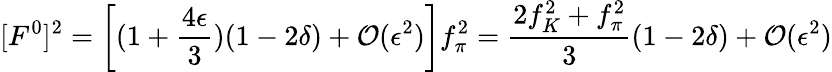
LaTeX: [F^{0}]^{2}=\left[(1+\frac{4\epsilon}{3})(1-2\delta)+{\cal O}(\epsilon^{2})\right]f_{\pi}^{2}=\frac{2f_{K}^{2}+f_{\pi}^{2}}{3}(1-2\delta)+{\cal O}(\epsilon^{2})